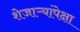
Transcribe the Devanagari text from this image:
शेजाऱ्यांपेक्षा